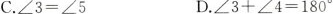
C .$$∠ 3 = ∠ 5$$ D.$$∠ 3 + ∠ 4 = 1 8 0 °$$